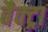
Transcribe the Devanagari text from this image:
बैक्ट्रा